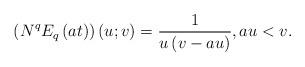
LaTeX: \begin{align*}\left( N^{q}E_{q}\left( at\right) \right) \left( u;v\right) =\frac{1}{u\left( v-au\right) },au<v. \end{align*}